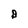
Character: B